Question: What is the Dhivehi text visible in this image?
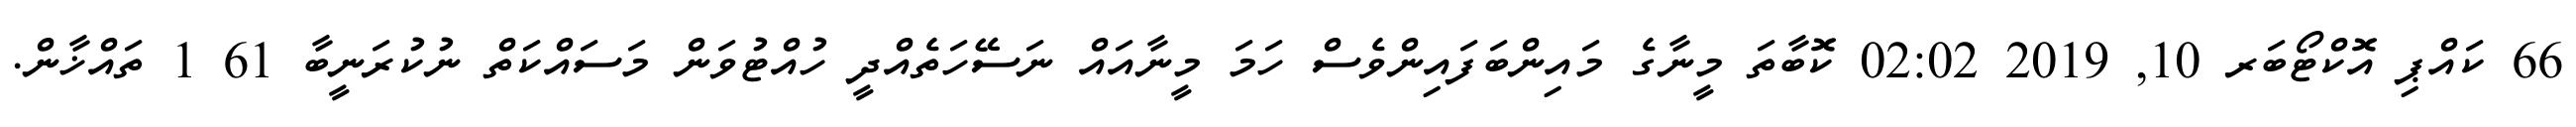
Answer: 66 ކައްޕި އޮކްޓޯބަރ 10, 2019 02:02 ކޮބާތަ މީނާގެ މައިންބަފައިންވެސް ހަމަ މީނާއައް ނަސޭހަތެއްދީ ހުއްޓުވަން މަސައްކަތް ނުކުރަނީބާ 61 1 ތައްޚާން.